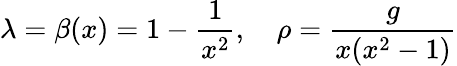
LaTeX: \lambda=\beta(x)=1-{\frac{1}{x^{2}}},\quad\rho={\frac{g}{x(x^{2}-1)}}